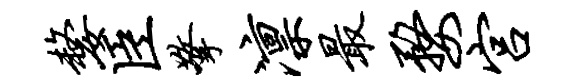
嫠臣擎凛最婺宫